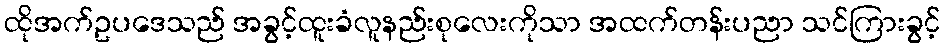
ထိုအက်ဥပဒေသည် အခွင့်ထူးခံလူနည်းစုလေးကိုသာ အထက်တန်းပညာ သင်ကြားခွင့်